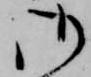
御